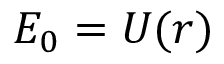
{ \cal { E } } _ { 0 } = U ( r )